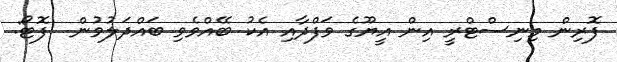
ފޮރިން މިނިސްޓްރީ އިން އީޔޫގެ ވަފްދާއި އެކު ބޭއްވެވި ބައްދަލުވުން  ފޮޓޯ: